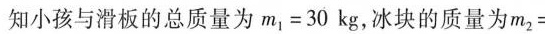
知小孩与滑板的总质量为$$m _ { 1 } = 3 0 k g$$，冰块的质量为$$m _ { 2 } =